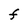
Character: F